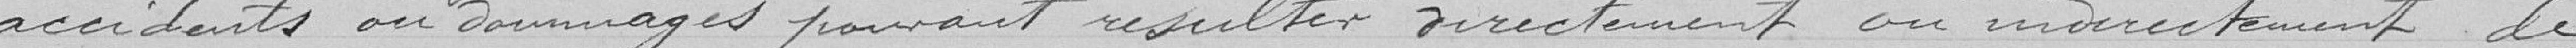
accidents ou dommages pouvant résulter directement ou indirectement de